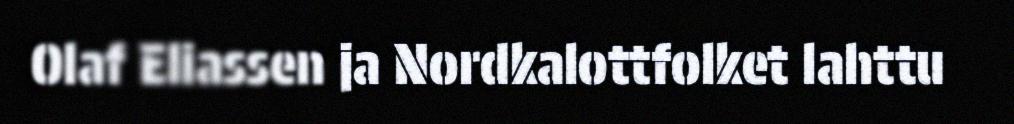
Olaf Eliassen ja Nordkalottfolket lahttu